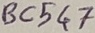
Text: BC547